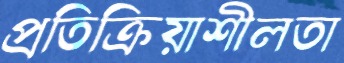
প্রতিক্রিয়াশীলতা